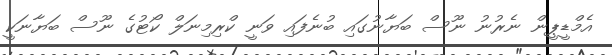
އެމްޑީޕީން ނެރުނު ނޫސް ބަޔާނުގައި ބުނެފައި ވަނީ ކްރިމިނަލް ކޯޓުގެ ނޫސް ބަޔާނަކީ